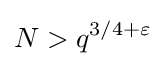
N>q^{3/4+\varepsilon }